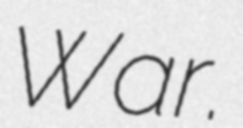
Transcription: War.